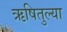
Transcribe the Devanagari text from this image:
ऋषितुल्या